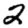
Digit: 2